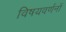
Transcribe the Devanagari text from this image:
विषयवर्णनों